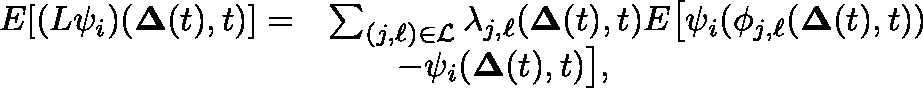
\begin{array} { r l } { \mathbb { E } [ ( L \psi _ { i } ) ( \mathbf { \Delta } ( t ) , t ) ] = } & { \sum _ { ( j , \ell ) \in \mathcal { L } } \lambda _ { j , \ell } ( \mathbf { \Delta } ( t ) , t ) \mathbb { E } \big [ \psi _ { i } ( \phi _ { j , \ell } ( \mathbf { \Delta } ( t ) , t ) ) } \\ & { \qquad - \psi _ { i } ( \mathbf { \Delta } ( t ) , t ) \big ] , } \end{array}